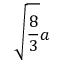
{ \sqrt { \frac { 8 } { 3 } } } a